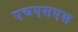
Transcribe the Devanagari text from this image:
एचएसएस